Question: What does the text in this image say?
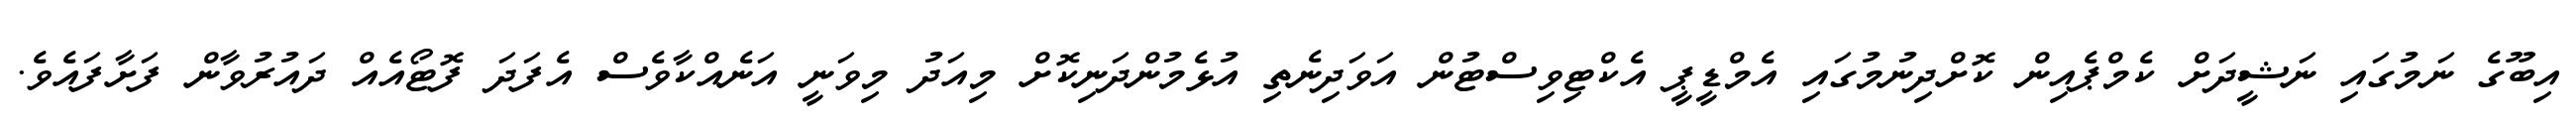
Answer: އިބޫގެ ނަމުގައި ނަޝީދަށް ކެމްޕެއިން ކޮށްދިނުމުގައި އެމްޑީޕީ އެކްޓިވިސްޓުން އަވަދިނެތި އުޅެމުންދަނިކޮށް މިއަދު މިވަނީ އަނެއްކާވެސް އެފަދަ ފޮޓޯއެއް ދައުރުވާން ފަށާފައެވެ.